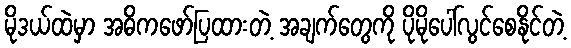
မိုဒယ်ထဲမှာ အဓိကဖော်ပြထားတဲ့ အချက်တွေကို ပိုမိုပေါ်လွင်စေနိုင်တဲ့